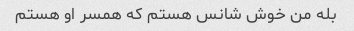
بله من خوش شانس هستم که همسر او هستم